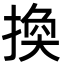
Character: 換